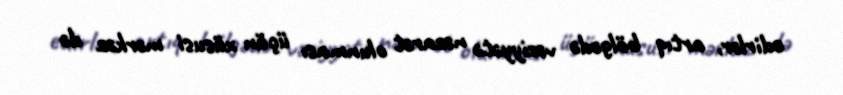
edirlər, artıq bölgədə vəziyyətə nəzarət olunması üçün xüsusi mərkəz də